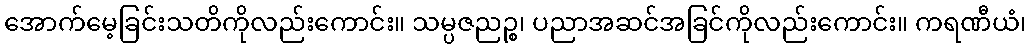
အောက်မေ့ခြင်းသတိကိုလည်းကောင်း။ သမ္ပဇညဉ္စ၊ ပညာအဆင်အခြင်ကိုလည်းကောင်း။ ကရဏီယံ၊